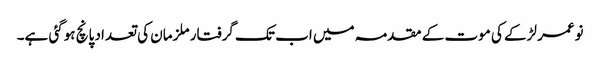
نوعمر لڑکے کی موت کے مقدمہ میں اب تک گرفتار ملزمان کی تعداد پانچ ہوگئی ہے۔